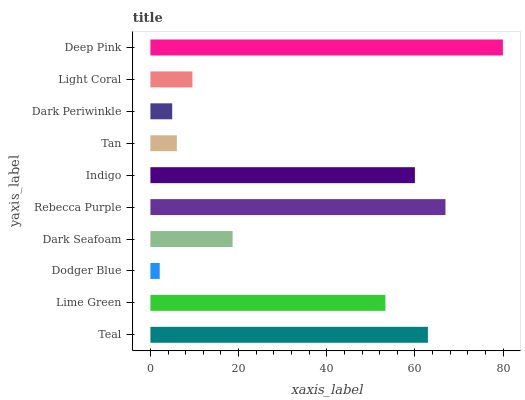
| yaxis_label | bars |
 | --- | --- |
 | Teal | 62.9 |
 | Lime Green | 53.3 |
 | Dodger Blue | 2.11 |
 | Dark Seafoam | 18.6 |
 | Rebecca Purple | 66.9 |
 | Indigo | 60 |
 | Tan | 6 |
 | Dark Periwinkle | 4.95 |
 | Light Coral | 9.54 |
 | Deep Pink | 80 |